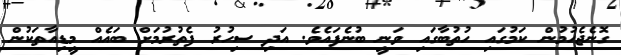
ގޮނެޖެހުމުން ކަމުގައި ހުތުބާގައި ވަނީ ބުނެފައެވެ. އަދި ސިހުރު ފެތުރުމަށް ބައެއް މީޑިއާތަކުން